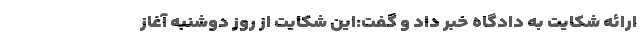
ارائه شکایت به دادگاه خبر داد و گفت:این شکایت از روز دوشنبه آغاز